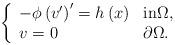
LaTeX: \begin{align*}\left\{\begin{array}[c]{ll}-\phi\left( v^{\prime}\right) ^{\prime}=h\left( x\right) & \text{in}\Omega,\\v=0 & \partial\Omega.\end{array}\right. \end{align*}